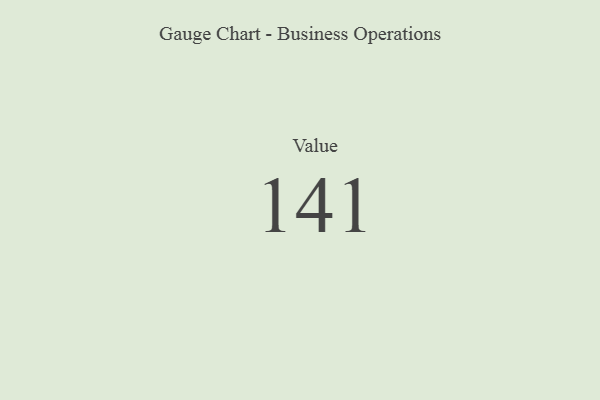
{"axis": {"x": "Metric", "y": "Value"}, "legend": [""], "data": [{"x": "Value", "y": 141, "type": ""}]}